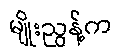
မျိုးညွန့်က